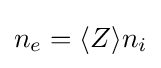
n_{e}=\langle Z\rangle n_{i}